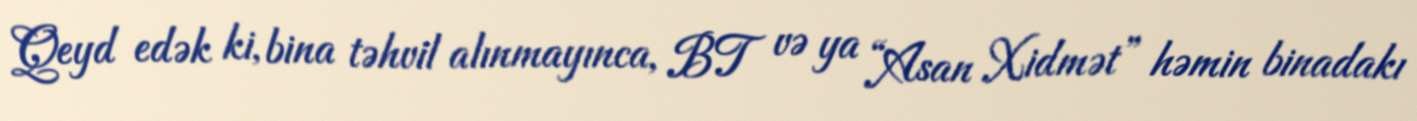
Qeyd edək ki, bina təhvil alınmayınca, BT və ya “Asan Xidmət” həmin binadakı